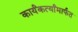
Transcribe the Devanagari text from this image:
कार्यंकर्त्यांमार्फत